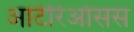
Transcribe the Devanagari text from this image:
आर्टेरिओसस